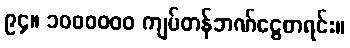
၉၄။ ၁၀၀၀၀၀၀ ကျပ်တန်ဘဏ်ငွေစာရင်း။